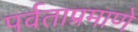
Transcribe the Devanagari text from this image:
पर्वताप्रमाणे